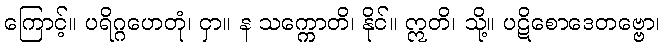
ကြောင့်။ ပရိဂ္ဂဟေတုံ၊ ငှာ။ န သက္ကောတိ၊ နိုင်။ ဣတိ၊ သို့။ ပဋိစောဒေတဗ္ဗော၊